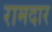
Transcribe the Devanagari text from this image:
रामदार